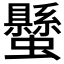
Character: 𧔤